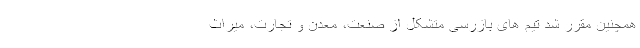
همچنین مقرر شد تیم های بازرسی متشکل از صنعت، معدن و تجارت، میراث